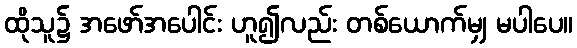
ထိုသူ၌ အဖော်အပေါင်း ဟူ၍လည်း တစ်ယောက်မျှ မပါပေ။